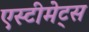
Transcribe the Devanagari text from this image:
एस्टीमेट्स